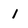
Character: 1